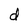
Character: d